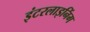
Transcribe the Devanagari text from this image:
इंटरलाइनिंग